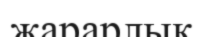
жарарлық